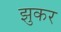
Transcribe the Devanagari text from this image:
झुकर